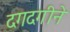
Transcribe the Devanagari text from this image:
दगदगीने